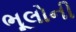
ભૂલોની